Statistical return of the lunatic asylum in Assam - 1912-1932
Year: 1912
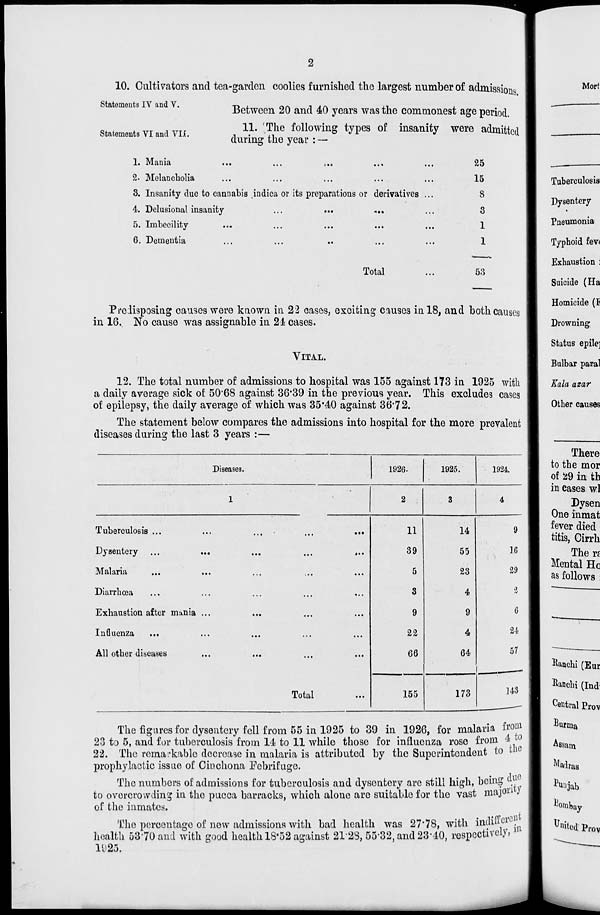
10. Cultivators and tea-garden coolies furnished tho largest number of admissions
Statements IV and V.
-r> ,
ork
-, Ar ,
,,
.
Between 20 and 40 years was the commonest age period.
Statements VI and TO.
. ^ '&* Ml0W ' m 8 ^^ °f inSanit y W6r6 Emitted
during the year : —
1. i\I;ilii;i
...
...
j.,
,.,
,,,
25
2. Melancholia
15
3. Insanity due to cannabis iudica or its preparations or derivatives ...
8
4. Delusional insanity
...
...
,..
8
5. Imbecility
1
6. Dementia
1
Total
53
Predisposing causes were known in 22 cases, exciting causes in 18, and both causes
in 16. No cause was assignable in 24 cases.
VITAL.
12. The total number of admissions to hospital was 155 against 173 in 1925 with
a daily average sick of 50'68 against 36*39 in the previous year. This excludes cases
of epilepsy, the daily average of which was 35*40 against 36*72.
The statement below compares the admissions into hospital for the more prevalent
diseases during the last 3 years :—
Diseases.
1926.
1925.
1924.
1
2
3
4
Tuberculosis ...
...
...
.. I
••i
11
14
9
Dysentery ...
...
...
...
»..
39
55
16
Malaria
0«.
...
...
...
5
23
29
Diarrhoea
...
...
...
3
4
3
Exhaustion after munia ...
...
...
...
9
9
6
Influenza
...
...
...
...
22
4
U
All other diseases
...
...
...
...
66
64
57
Total
...
155
173
143
The figures for dysentery fell from 55 in 1925 to 39 in 1926, for malaria from
23 to 5, and for tuberculosis from 14 to 11 while those for influenza rose from 4i to
22. The remai'kable decrease in malaria is attributed by the Superintendent to tlio
prophylactic issue of Cinchona Febrifuge.
The numbers of admissions for tuberculosis and dysentery are still high, being dU'
to overcrowding in tho pucca barracks, which alone are suitable for the vast ma] 011 J
of the inmates.
The percentage of new admissions with bad health was 27*78, with indium
health 53*70 and with good health IS'52 against 21 2S, 55*32, and 23*40, respectively,
1<J2J.